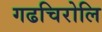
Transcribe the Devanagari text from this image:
गढचिरोलि